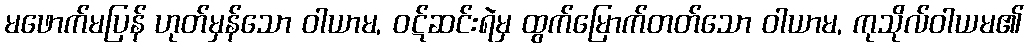
မဖောက်မပြန် ဟုတ်မှန်သော ဝါယာမ, ဝဋ်ဆင်းရဲမှ ထွက်မြောက်တတ်သော ဝါယာမ, ကုသိုလ်ဝါယမ၏